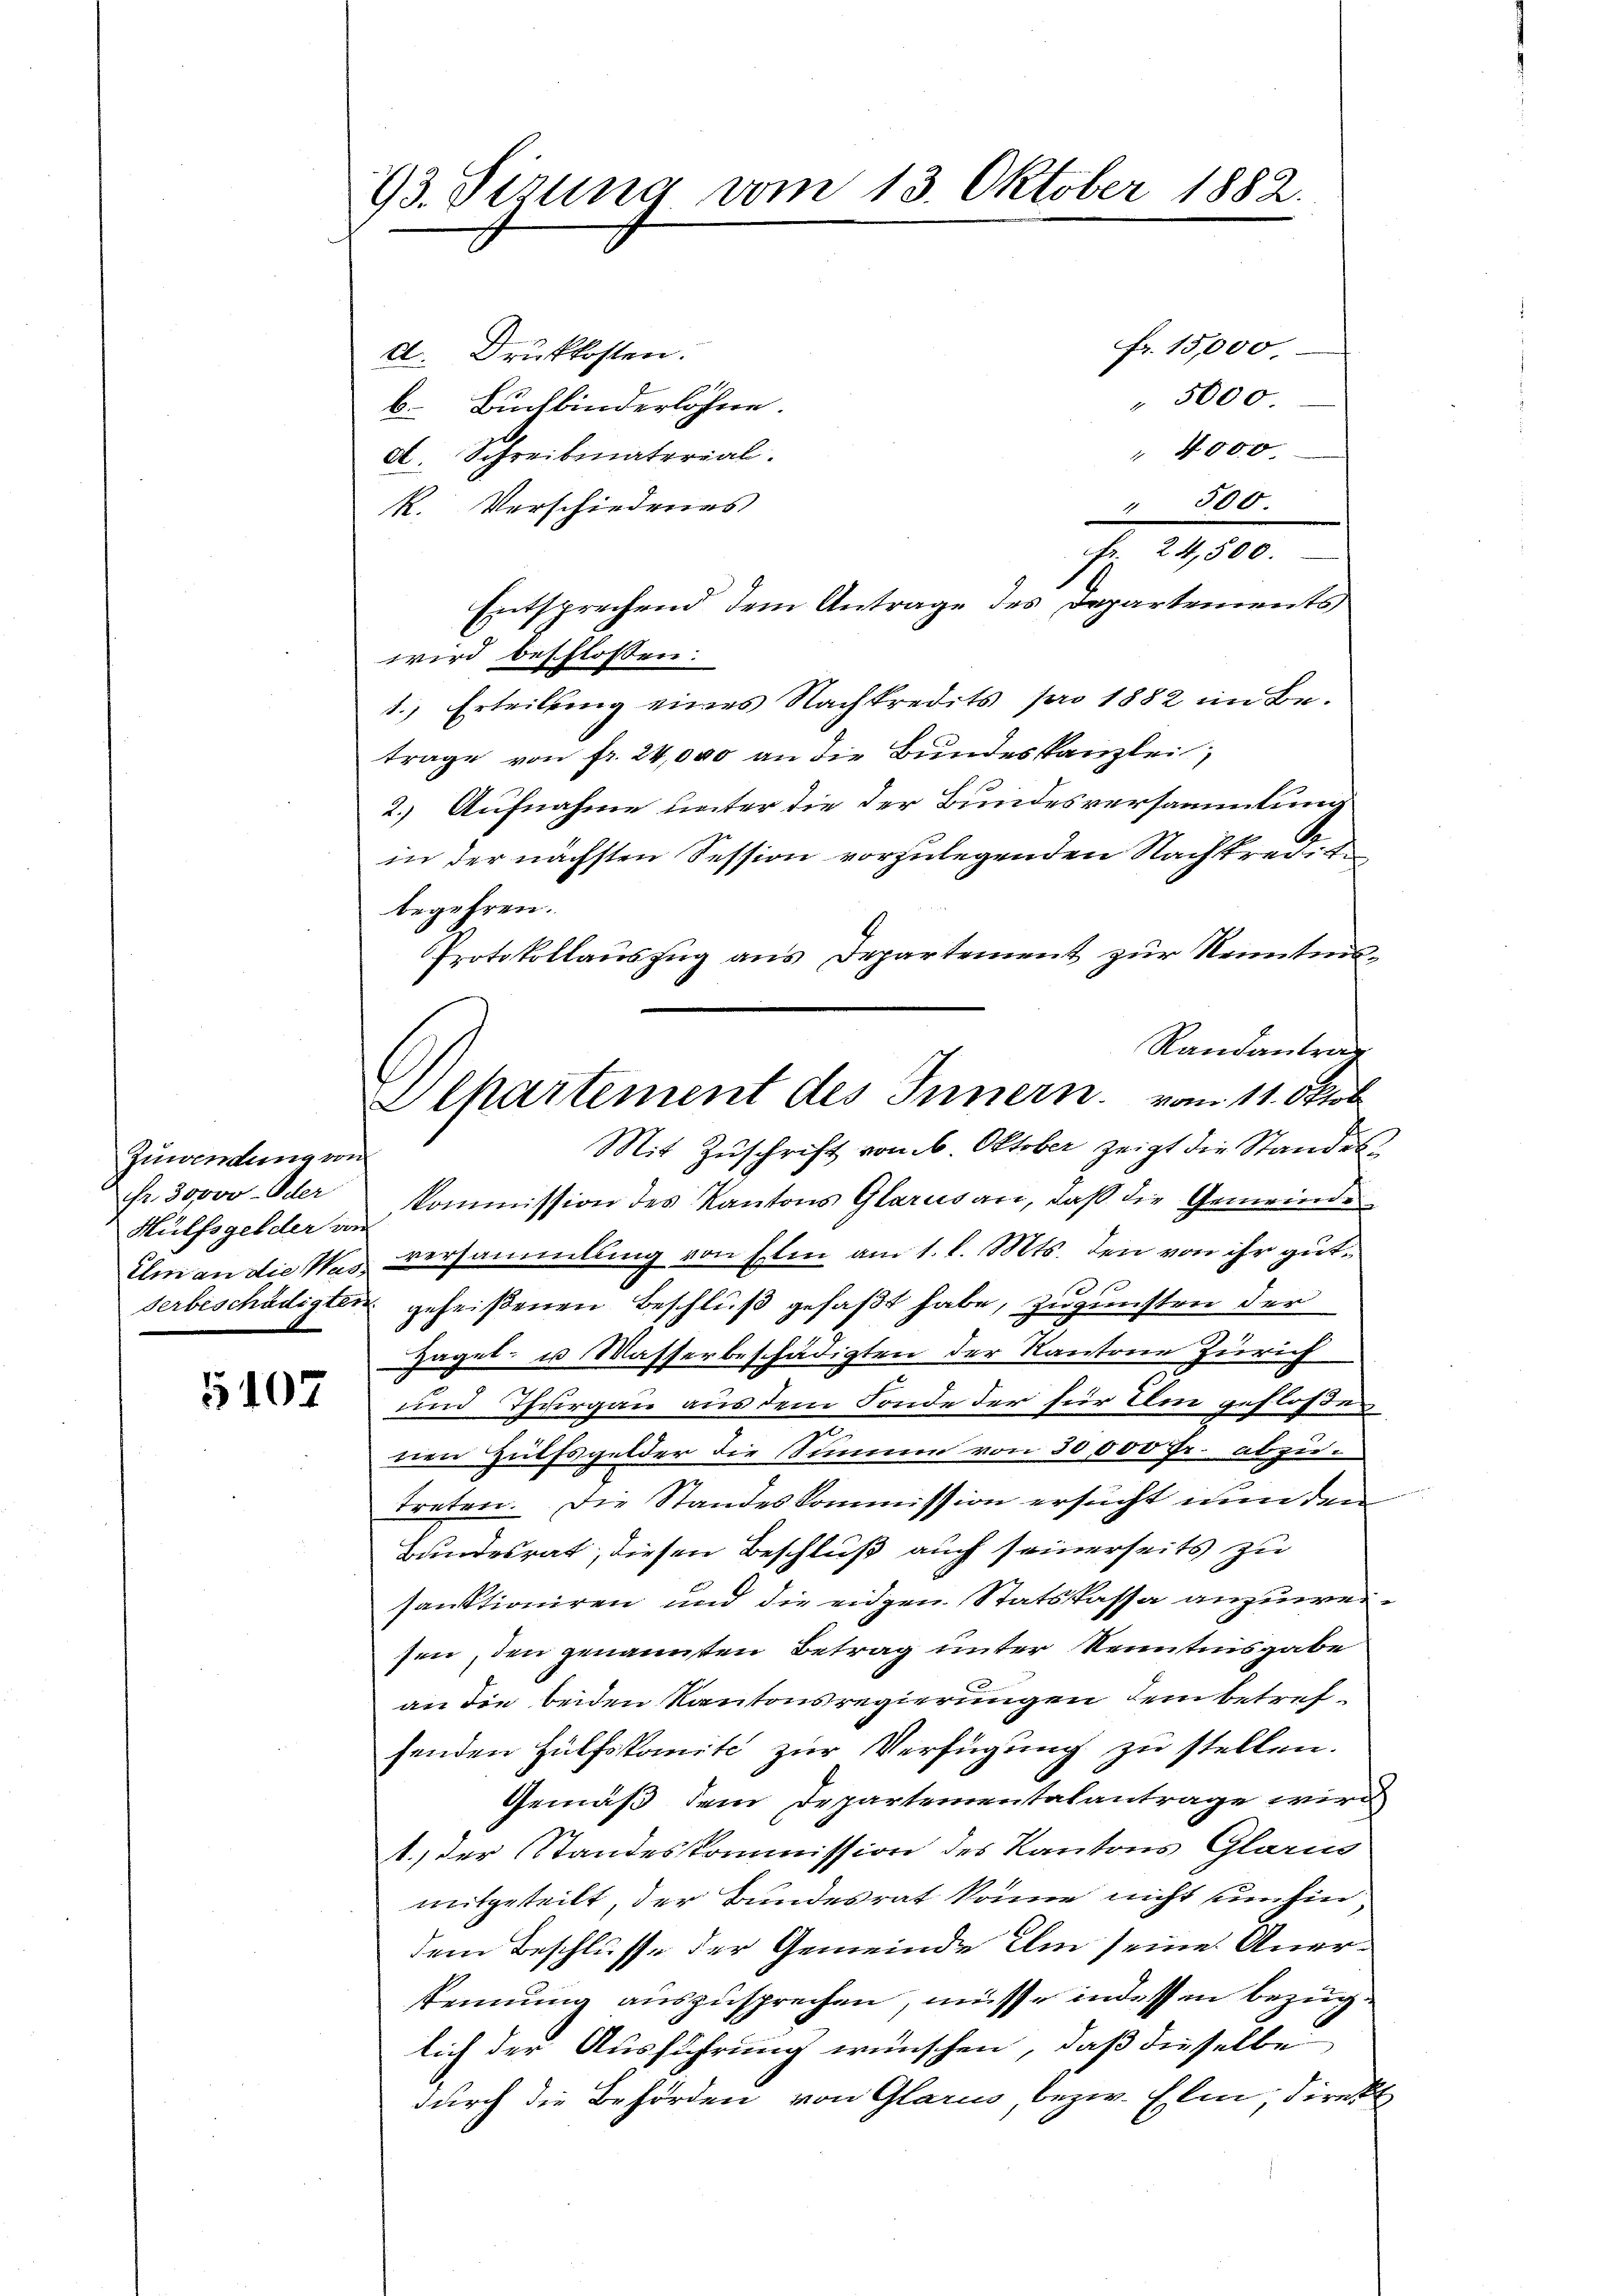
Zuwendung von
Hülfsgelder von

93. Sizung vom 13. Oktober 1882.

fr. 15,000.
d. Druckkosten.
" 5000.
b. Buchbinderlöhne.
" 4000
d. Schreibinaterial.
 500.
R. Verschiedenes
fr. 24,500.
Entsprechend dem Antrage des Departements
wird beschlossen:
1.) Erteilung eines Nachkredits pro 1882 im Be-
trage von fr. 24,000 an die Bundeskanzlei,
2.) Aufnahme unter die der Bundesversammlung
in der nächsten Session vorzulegenden Nachtredit
begehren.
Protokollauszug aus Departement zur Kenntnis¬
Randantrag
Mit Zuschrift von 6. Oktober zeigt die Standeshr 30000. Oder kommission des Kantons Glarus an, daβ die Gemeinde
Ulm an die Was versammlung von Elm am 1. l. Mts. den von ihr gut¬
1
serbeschädigten geheißenen Beschluß gefaßt habe, zugunsten der
Hagel- u Masserbeschädigten der Kantone Zürich
VI und Thurgau aus dem Fonde der für ihm gefloßen
nen Hülfsgelder die Summe von 30,000 Fr. abzutreten. Die Standeskommission ersucht nun den
Bundesrat, diesen Beschluß auch seinerseits zu
sanktioniren und die eidgen Statskassa anzuweisen, den genannten Betrag unter Kenntnisgabe
an die beiden Kantonsregierungen dem betrefsenden Hülfskomite zur Verfügung zu stellen.
Gemäß dem Departementalantrage wird
1.) der Standeskommission des Kantons Glarus
mitgeteilt, der Bundesrat könne nicht umhin,
dem Beschlusse der Gemeinde Ihm seine Anerkennung auszusprechen, müsse indessen bezüglich der Ausführung wünschen, daß dieselbe
durch die Behörden von Glarus, bezw. Elin, direkt

Separtement des Innern vom 11. Oktob